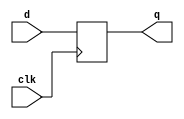
module dff_cell #(parameter DW=1)
( clk, d, q );
input clk;
input [DW-1:0] d;
output [DW-1:0] q;

reg [DW-1:0] q;
always @(posedge clk)
  begin
      q <= d;
  end
endmodule